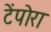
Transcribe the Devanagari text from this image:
टेंपोरा